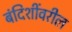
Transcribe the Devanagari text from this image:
बंदिशींवरील